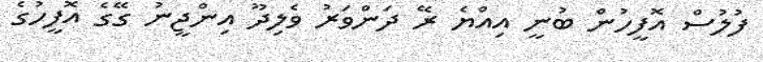
ފުލުސް އޮފީހުން ބުނީ އިއްޔެ ރޭ ދަންވަރު ވެލިދޫ އިންޖީނު ގޭގެ އޮފީހުގެ